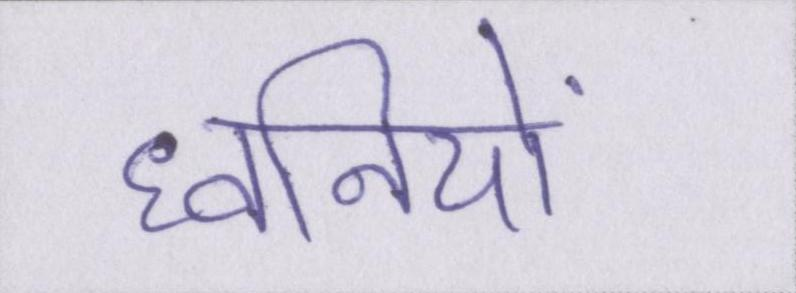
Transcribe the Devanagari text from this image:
ध्वनियों